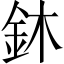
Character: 鈢